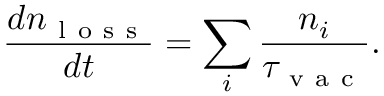
\frac { d n _ { \mathrm { ~ l ~ o ~ s ~ s ~ } } } { d t } = \sum _ { i } \frac { n _ { i } } { \tau _ { \mathrm { ~ v ~ a ~ c ~ } } } .